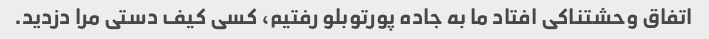
اتفاق وحشتناکی افتاد ما به جاده پورتوبلو رفتیم، کسی کیف دستی مرا دزدید.